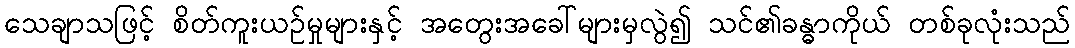
သေချာသဖြင့် စိတ်ကူးယဉ်မှုများနှင့် အတွေးအခေါ်များမှလွဲ၍ သင်၏ခန္ဓာကိုယ် တစ်ခုလုံးသည်